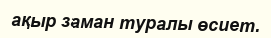
ақыр заман туралы өсиет.